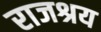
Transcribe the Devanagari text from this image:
राजश्रय